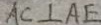
A C \bot A E